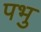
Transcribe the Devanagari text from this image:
पभु